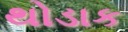
થોડાક